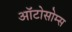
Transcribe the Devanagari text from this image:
ऑटोसोम्स